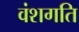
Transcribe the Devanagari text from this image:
वंशगति